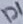
Text: D1